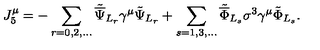
{ J _ { 5 } ^ { \mu } } = - \sum _ { r = 0 , 2 , . . . } { \tilde { \overline { \Psi } } } _ { L _ { r } } \gamma ^ { \mu } \tilde { \Psi } _ { L _ { r } } + \sum _ { s = 1 , 3 , . . . } { \tilde { \overline { \Phi } } } _ { L _ { s } } \sigma ^ { 3 } \gamma ^ { \mu } \tilde { \Phi } _ { L _ { s } } .